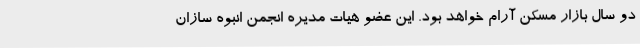
دو سال بازار مسکن آرام خواهد بود. این عضو هیات مدیره انجمن انبوه سازان